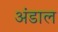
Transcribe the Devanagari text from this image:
अंडाल